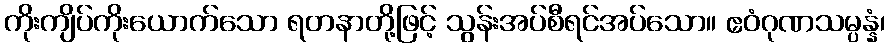
ကိုးကျိပ်ကိုးယောက်သော ရတနာတို့ဖြင့် သွန်းအပ်စီရင်အပ်သော။ ဧဝံဂုဏသမ္ပန္နံ၊